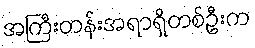
အကြီးတန်းအရာရှိတစ်ဦးက